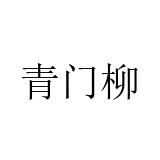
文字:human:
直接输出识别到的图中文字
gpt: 青门柳